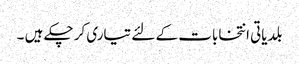
بلدیاتی انتخابات کے لئے تیاری کر چکے ہیں ۔